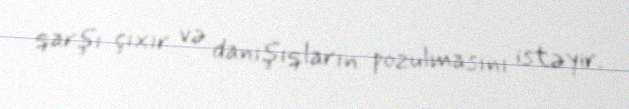
qarşı çıxır və danışıqların pozulmasını istəyir.